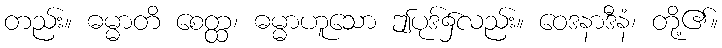
တည်း။ ဓမ္မာတိ စေတ္ထ၊ ဓမ္မာဟူသော ဤပုဒ်၌လည်း။ ဝေဒနာဒီနံ၊ တို့၏။